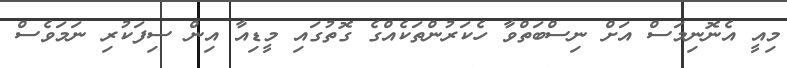
މިއީ އެނޮނިމަސް އަށް ނިސްބަތްވާ ހެކަރުންތަކެއްގެ ގޮތުގައި މީޑިއާ އިން ސިފަކުރި ނަމަވެސް